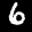
Label: 6